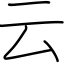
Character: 云